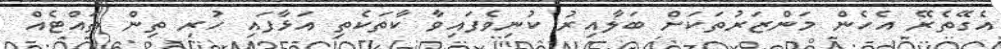
އެގޭތެރޭ އެހެން މަންޒަރުތަކަށް ބަލާއިރު ކުނިވެފައިވާ ކާތަކެތި އަޅާފައި ހުރި ތިން ތައްޓެއް